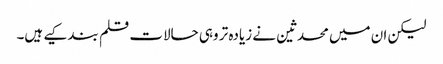
لیکن ان میں محدثین نے زیادہ تر وہی حالات قلم بند کیے ہیں۔